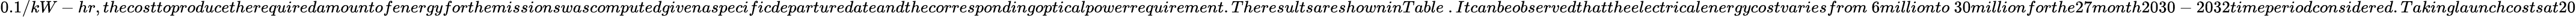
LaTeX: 0.1/kW-hr,thecosttoproducetherequiredamountofenergyforthemissionswascomputedgivenaspecificdeparturedateandthecorrespondingopticalpowerrequirement.TheresultsareshowninTable~.Itcanbeobservedthattheelectricalenergycostvariesfrom\ 6millionto\ 30millionforthe27month2030-2032timeperiodconsidered.Takinglaunchcostsat20